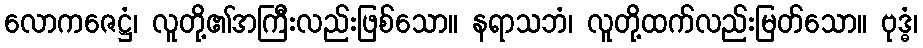
လောကဇေဋ္ဌံ၊ လူတို့၏အကြီးလည်းဖြစ်သော။ နရာသဘံ၊ လူတို့ထက်လည်းမြတ်သော။ ဗုဒ္ဓံ၊